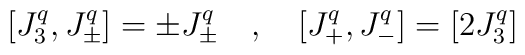
[ J^{q}_{3}, J_{\pm}^{q}] = \pm J^{q}_{\pm} \quad , \quad [J_{+}^{q}, J_{-} ^{q}] =[2 J_{3}^{q}]